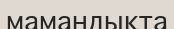
мамандықта